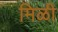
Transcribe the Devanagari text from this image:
मिळी